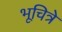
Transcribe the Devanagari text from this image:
भूचित्रे